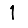
Digit: 1